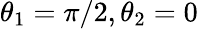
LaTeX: \theta_{1}=\pi/2,\theta_{2}=0